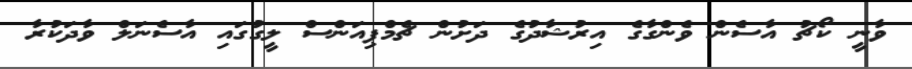
ވާނީ ކޯޗު އާސެން ވެންގާގެ އިރުޝާދުގެ ދަށުން ޗެމްޕިއަންސް ލީގުގައި އާސެނަލް ވާދަކުރާ